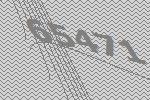
65471